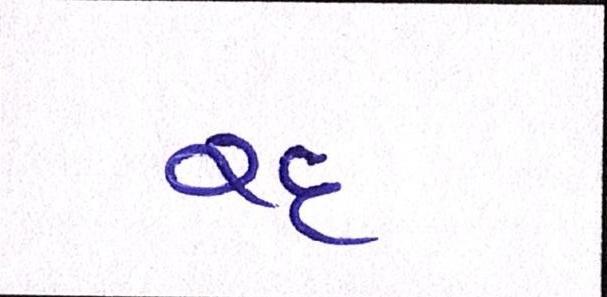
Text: રદ